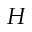
H